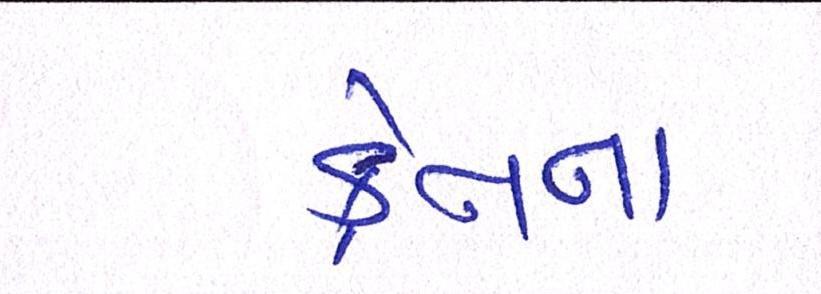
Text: ક્રેનના